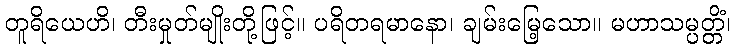
တူရိယေဟိ၊ တီးမှုတ်မျိုးတို့ဖြင့်။ ပရိတရမာနော၊ ချမ်းမြေ့သော။ မဟာသမ္ပတ္တိံ၊